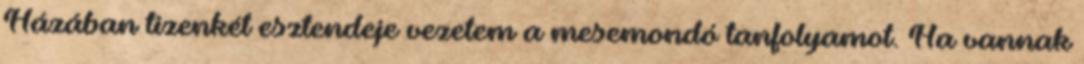
Házában tizenkét esztendeje vezetem a mesemondó tanfolyamot. Ha vannak